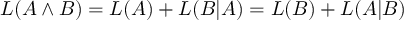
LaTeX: L ( A \land B ) = L ( A ) + L ( B | A ) = L ( B ) + L ( A | B )